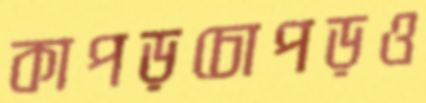
কাপড়চোপড়ও